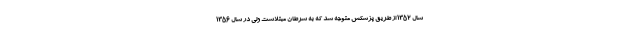
سال 1352 از طریق پزشکش متوجه شد که به سرطان مبتلاست ولی در سال 1356